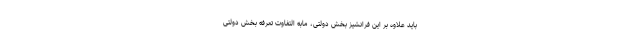
باید علاوه بر این فرانشیز بخش دولتی، مابه التفاوت تعرفه بخش دولتی